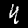
Digit: 4